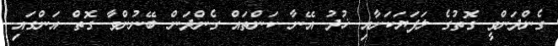
ގެންދަންވީ ގޮތުގެ ލަފަޔަކަށާއި ޚުދު އޭނާ ކަންތައް ގެންދަން ބޭނުންވާ ގޮތް އަންގައި